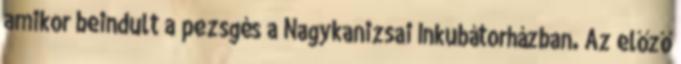
amikor beindult a pezsgés a Nagykanizsai Inkubátorházban. Az előző